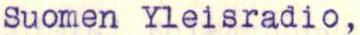
Suomen Yleisradio,